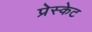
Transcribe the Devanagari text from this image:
प्रेस्केट